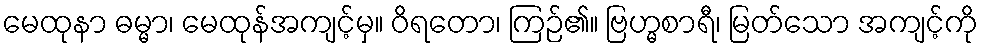
မေထုနာ ဓမ္မာ၊ မေထုန်အကျင့်မှ။ ဝိရတော၊ ကြဉ်၏။ ဗြဟ္မစာရီ၊ မြတ်သော အကျင့်ကို